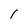
Character: I